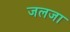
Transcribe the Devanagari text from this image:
जलजा